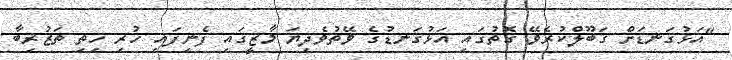
"އަޅުގަނޑަށް ގަބޫލްކުރެވޭ ގޮތުގައި އަޅުގަނޑުގެ ވޭތުވެދިޔަ މާޒީގައި ފެނިފައި ހުރި ހިތި ތަޒުރިބާ